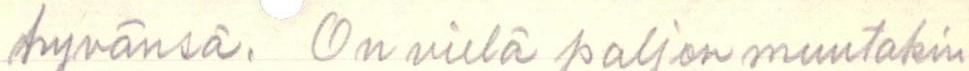
hyvänsä. On vielä paljon muutakin